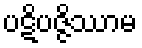
ပဋိပဇ္ဇိဿာမ